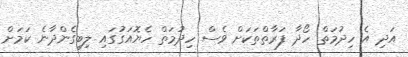
އަދި އެ ހިދުމަތް ހޯދާ ފަރާތްތަކަށް ވެސް ހިދުމަތް ހެޔޮއަގުގައި ލިބިގެންދާނެ ކަމަށް